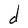
Character: d